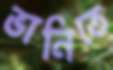
ভানিতে